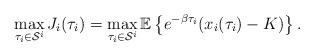
LaTeX: \begin{align*}\max_{\tau_i \in \mathcal{S}^{i}}J_i(\tau_i)=\max_{\tau_i \in \mathcal{S}^{i}}\mathbb{E}\left\{e^{-\beta\tau_i}(x_i(\tau_i)-K)\right\}.\end{align*}